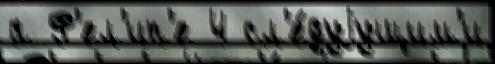
а Ф'ел'ип'е 4 сл'е́дуjущим'и